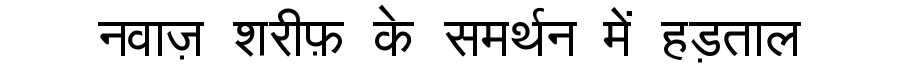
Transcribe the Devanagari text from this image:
नवाज़ शरीफ़ के समर्थन में हड़ताल